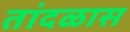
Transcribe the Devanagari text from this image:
तांदळास